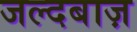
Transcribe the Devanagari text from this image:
जल्दबाज़